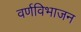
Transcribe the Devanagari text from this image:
वर्णविभाजन